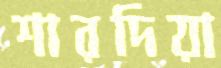
শারদিয়া